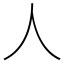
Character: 人